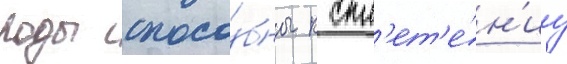
роды спосо́бны к спл'ет'е́н'иу